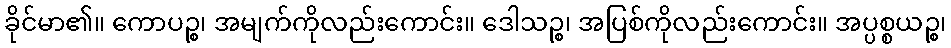
ခိုင်မာ၏။ ကောပဉ္စ၊ အမျက်ကိုလည်းကောင်း။ ဒေါသဉ္စ၊ အပြစ်ကိုလည်းကောင်း။ အပ္ပစ္စယဉ္စ၊